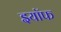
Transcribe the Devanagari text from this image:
इयॉफ